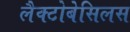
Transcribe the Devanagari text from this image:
लैक्टोबेसिलस